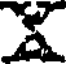
x